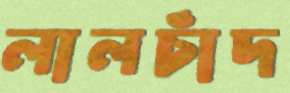
লালচাঁদ